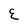
Character: E